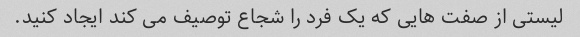
لیستی از صفت هایی که یک فرد را شجاع توصیف می کند ایجاد کنید.